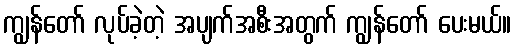
ကျွန်တော် လုပ်ခဲ့တဲ့ အပျက်အစီးအတွက် ကျွန်တော် ပေးမယ်။